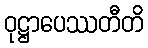
ဝုဋ္ဌာပေဿတီတိ